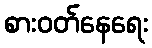
စားဝတ်နေရေး